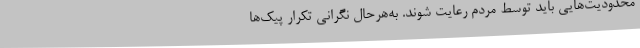
محدودیت‌هایی باید توسط مردم رعایت شوند. به‌هرحال نگرانی تکرار پیک‌ها